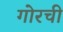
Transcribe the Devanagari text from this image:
गोरची